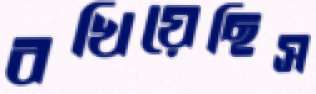
বখিয়েছিস